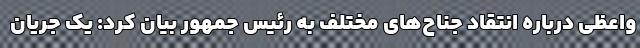
واعظی درباره انتقاد جناح‌های مختلف به رئیس جمهور بیان کرد: یک جریان